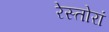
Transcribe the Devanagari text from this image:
रेस्तोरां